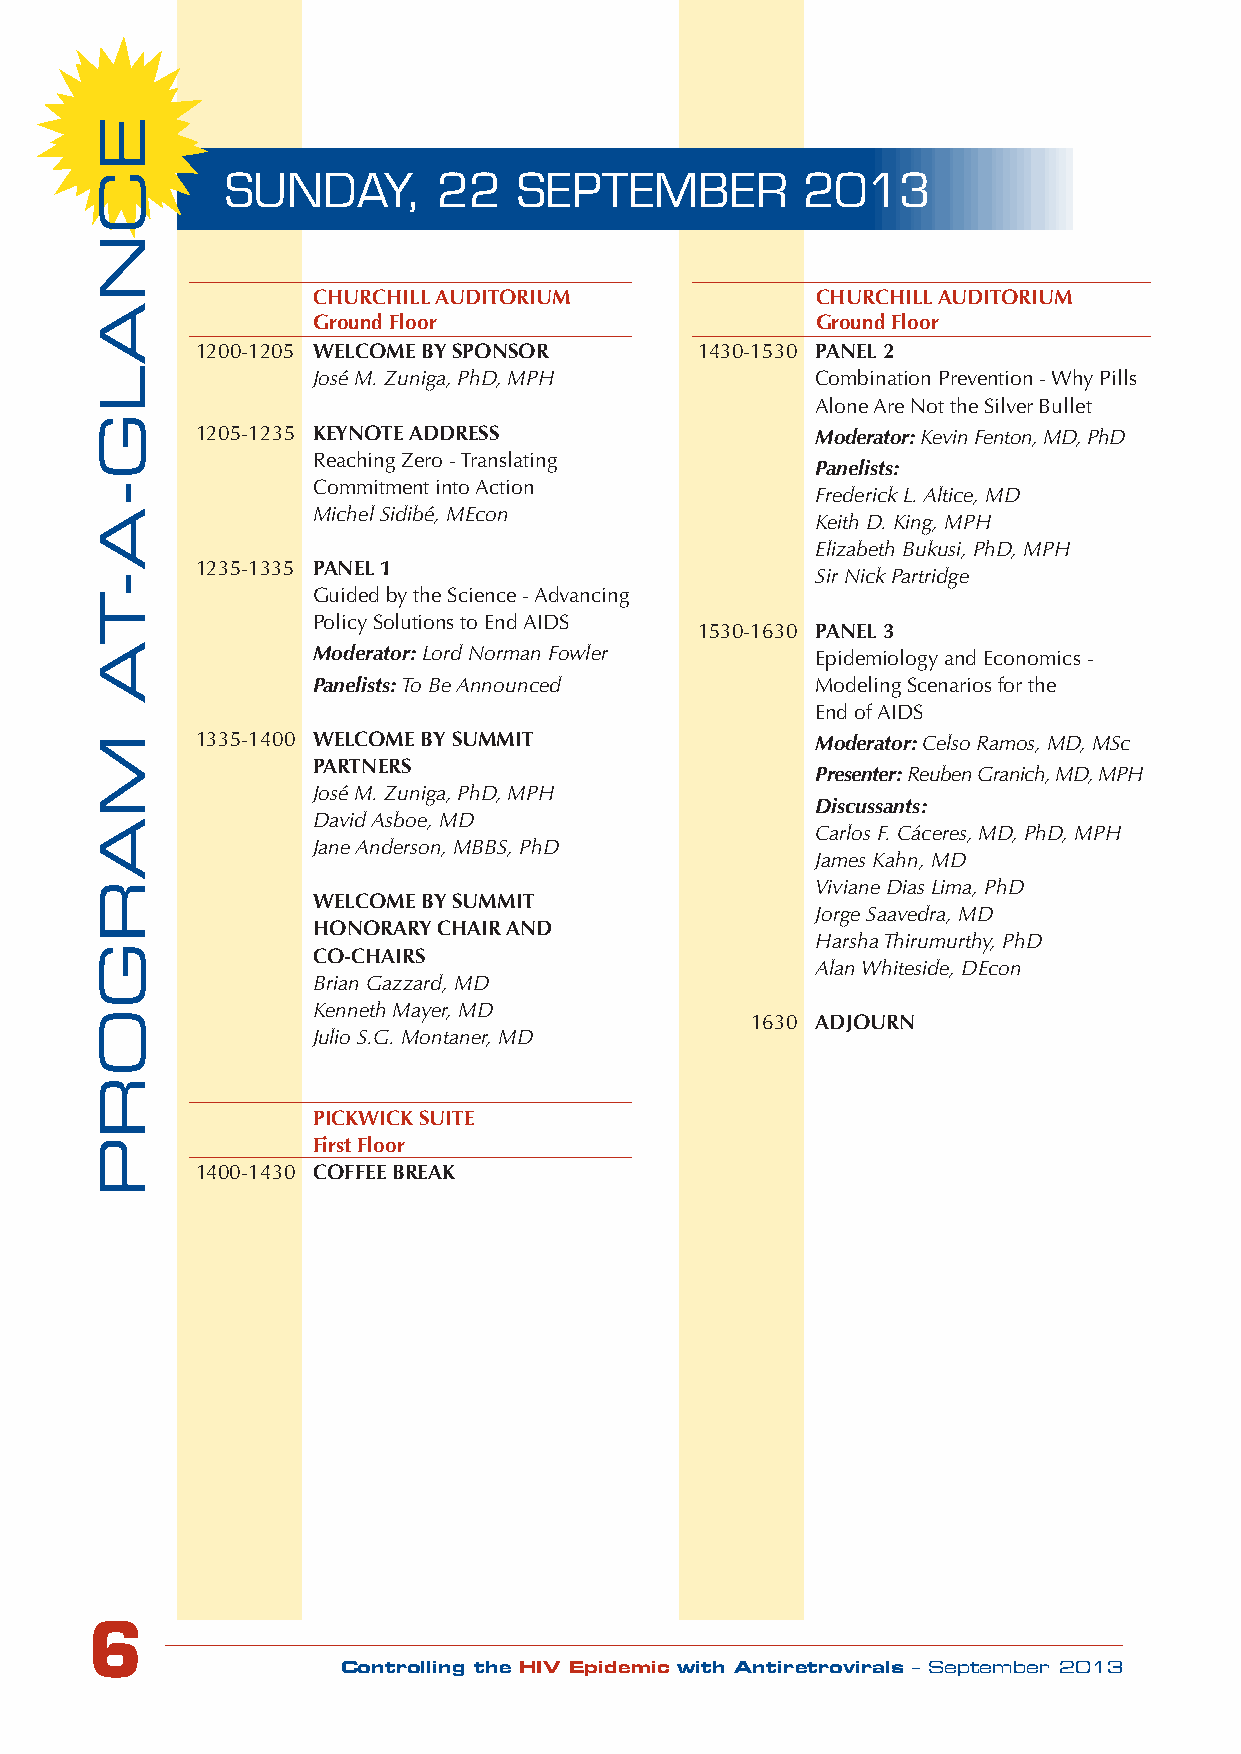
sUndAy,       22   sEPtEMBER          2013
 CHURCHILL AUDITORIUM             CHURCHILL AUDITORIUM
 Ground Floor                     Ground Floor
 1200-1205 WELCOME BY SPONSOR     1430-1530 PANEL 2
 José M. Zuniga, PhD, MPH         Combination Prevention - Why Pills
 Alone Are Not the Silver Bullet
 1205-1235 KEYNOTE ADDRESS                Moderator: Kevin Fenton, MD, PhD
 Reaching Zero - Translating
 Panelists:
 Commitment into Action
 Frederick L. Altice, MD
 Michel Sidibé, MEcon
 Keith D. King, MPH
 Elizabeth Bukusi, PhD, MPH
 1235-1335 PANEL 1
 Sir Nick Partridge
 Guided by the Science - Advancing
 Policy Solutions to End AIDS
 1530-1630 PANEL 3
 Moderator: Lord Norman Fowler    Epidemiology and Economics -
 Panelists: To Be Announced       Modeling Scenarios for the
 End of AIDS
 1335-1400 WELCOME BY SUMMIT              Moderator: Celso Ramos, MD, MSc
 PARTNERS
 Presenter: Reuben Granich, MD, MPH
 José M. Zuniga, PhD, MPH
 Discussants:
 David Asboe, MD
 Carlos F. Cáceres, MD, PhD, MPH
 Jane Anderson, MBBS, PhD
 James Kahn, MD
 Viviane Dias Lima, PhD
 WELCOME BY SUMMIT
 Jorge Saavedra, MD
 HONORARY CHAIR AND
 Harsha Thirumurthy, PhD
 CO-CHAIRS
 Alan Whiteside, DEcon
 Brian Gazzard, MD
 Kenneth Mayer, MD
 1630 ADJOURN
 Julio S.G. Montaner, MD
 PICKWICK SUITE
 First Floor
 1400-1430 COFFEE BREAK
 6
 Controlling the HIV Epidemic with Antiretrovirals – September 2013
 ECnaLG-a-ta
 MaRGORp